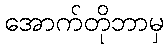
အောက်တိုဘာမှ